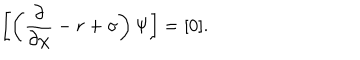
\left[ \left( \frac { \partial } { \partial \chi } - r + \sigma \right) \Psi \right] = [ 0 ] .